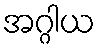
အဂ္ဂါယ